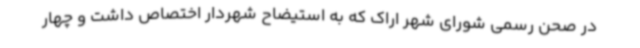
در صحن رسمی شورای شهر اراک که به استیضاح شهردار اختصاص داشت و چهار